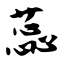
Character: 蕊